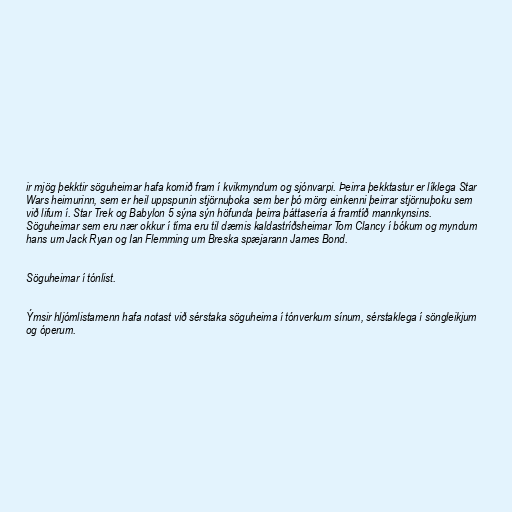
ir mjög þekktir söguheimar hafa komið fram í kvikmyndum og sjónvarpi. Þeirra þekktastur er líklega Star
Wars heimurinn, sem er heil uppspunin stjörnuþoka sem ber þó mörg einkenni þeirrar stjörnuþoku sem
við lifum í. Star Trek og Babylon 5 sýna sýn höfunda þeirra þáttasería á framtíð mannkynsins.
Söguheimar sem eru nær okkur í tíma eru til dæmis kaldastríðsheimar Tom Clancy í bókum og myndum
hans um Jack Ryan og Ian Flemming um Breska spæjarann James Bond.

Söguheimar í tónlist.

Ýmsir hljómlistamenn hafa notast við sérstaka söguheima í tónverkum sínum, sérstaklega í söngleikjum
og óperum.